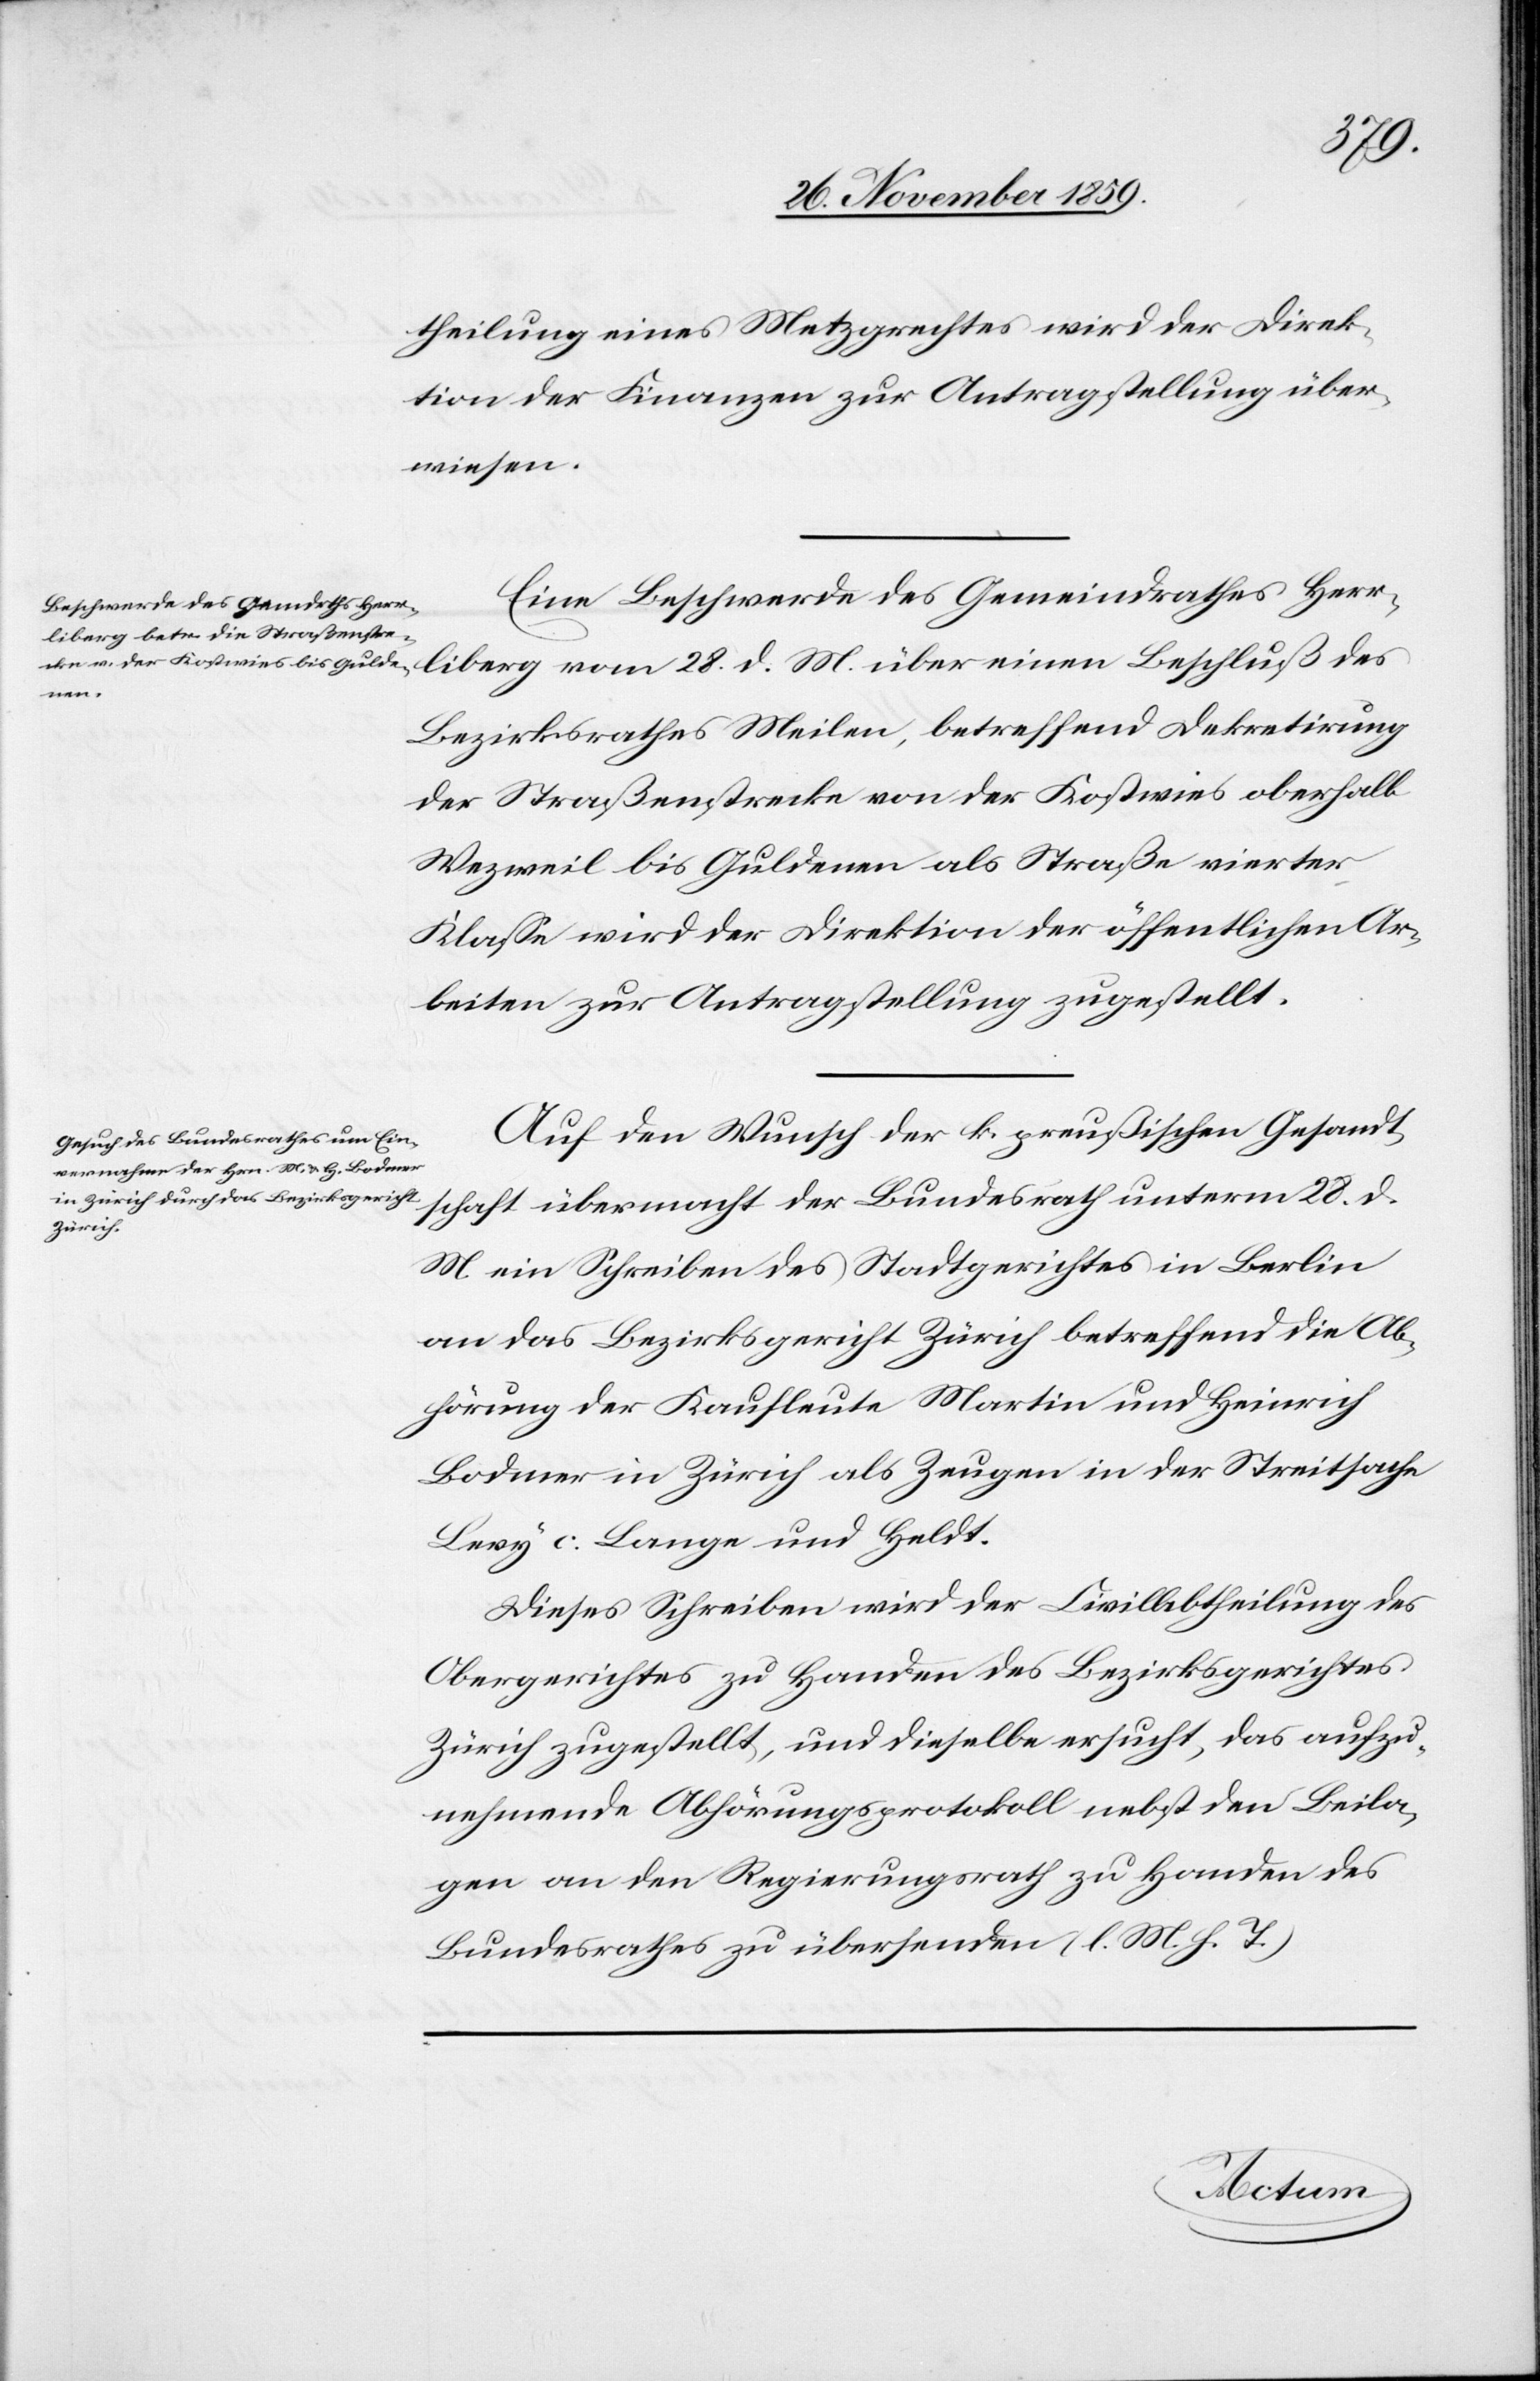
30. November 1859.]
theilung eines Metzgrechtes wird der Direk¬
tion der Finanzen zur Antragstellung über¬
wiesen.
Eine Beschwerde des Gemeindrathes Herr¬
liberg vom 28. d. M. über einen Beschluß des
Bezirksrathes Meilen, betreffend Dekretirung
der Straßenstrecke von der Kostwies oberhalb
Wezweil bis Guldenen als Straße vierter
Klasse wird der Direktion der öffentlichen Ar¬
beiten zur Antragstellung zugestellt.
Auf Wunsch der k. preußischen Gesandt¬
schaft übermacht der Bundesrath unterm 28. d.
M. ein Schreiben des Stadtgerichtes Berlin
an das Bezirksgericht Zürich betreffend die Ab¬
hörung der Kaufleute Martin und Heinrich
Bodmer in Zürich als Zeugen in der Streitsache
Levy c. Lange und Heldt.
Dieses Schreiben wird der Civilabtheilung des
Obergerichtes zu Handen des Bezirksgerichtes
Zürich zugestellt, und dieselbe ersucht, das aufzu¬
nehmende Abhörungsprotokoll nebst den Beila¬
gen an den Regierungsrath zu Handen des
Bundesrathes zu übersenden (l. M. h. T.)
Actum